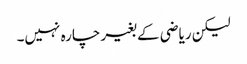
لیکن ریاضی کے بغیر چارہ نہیں۔